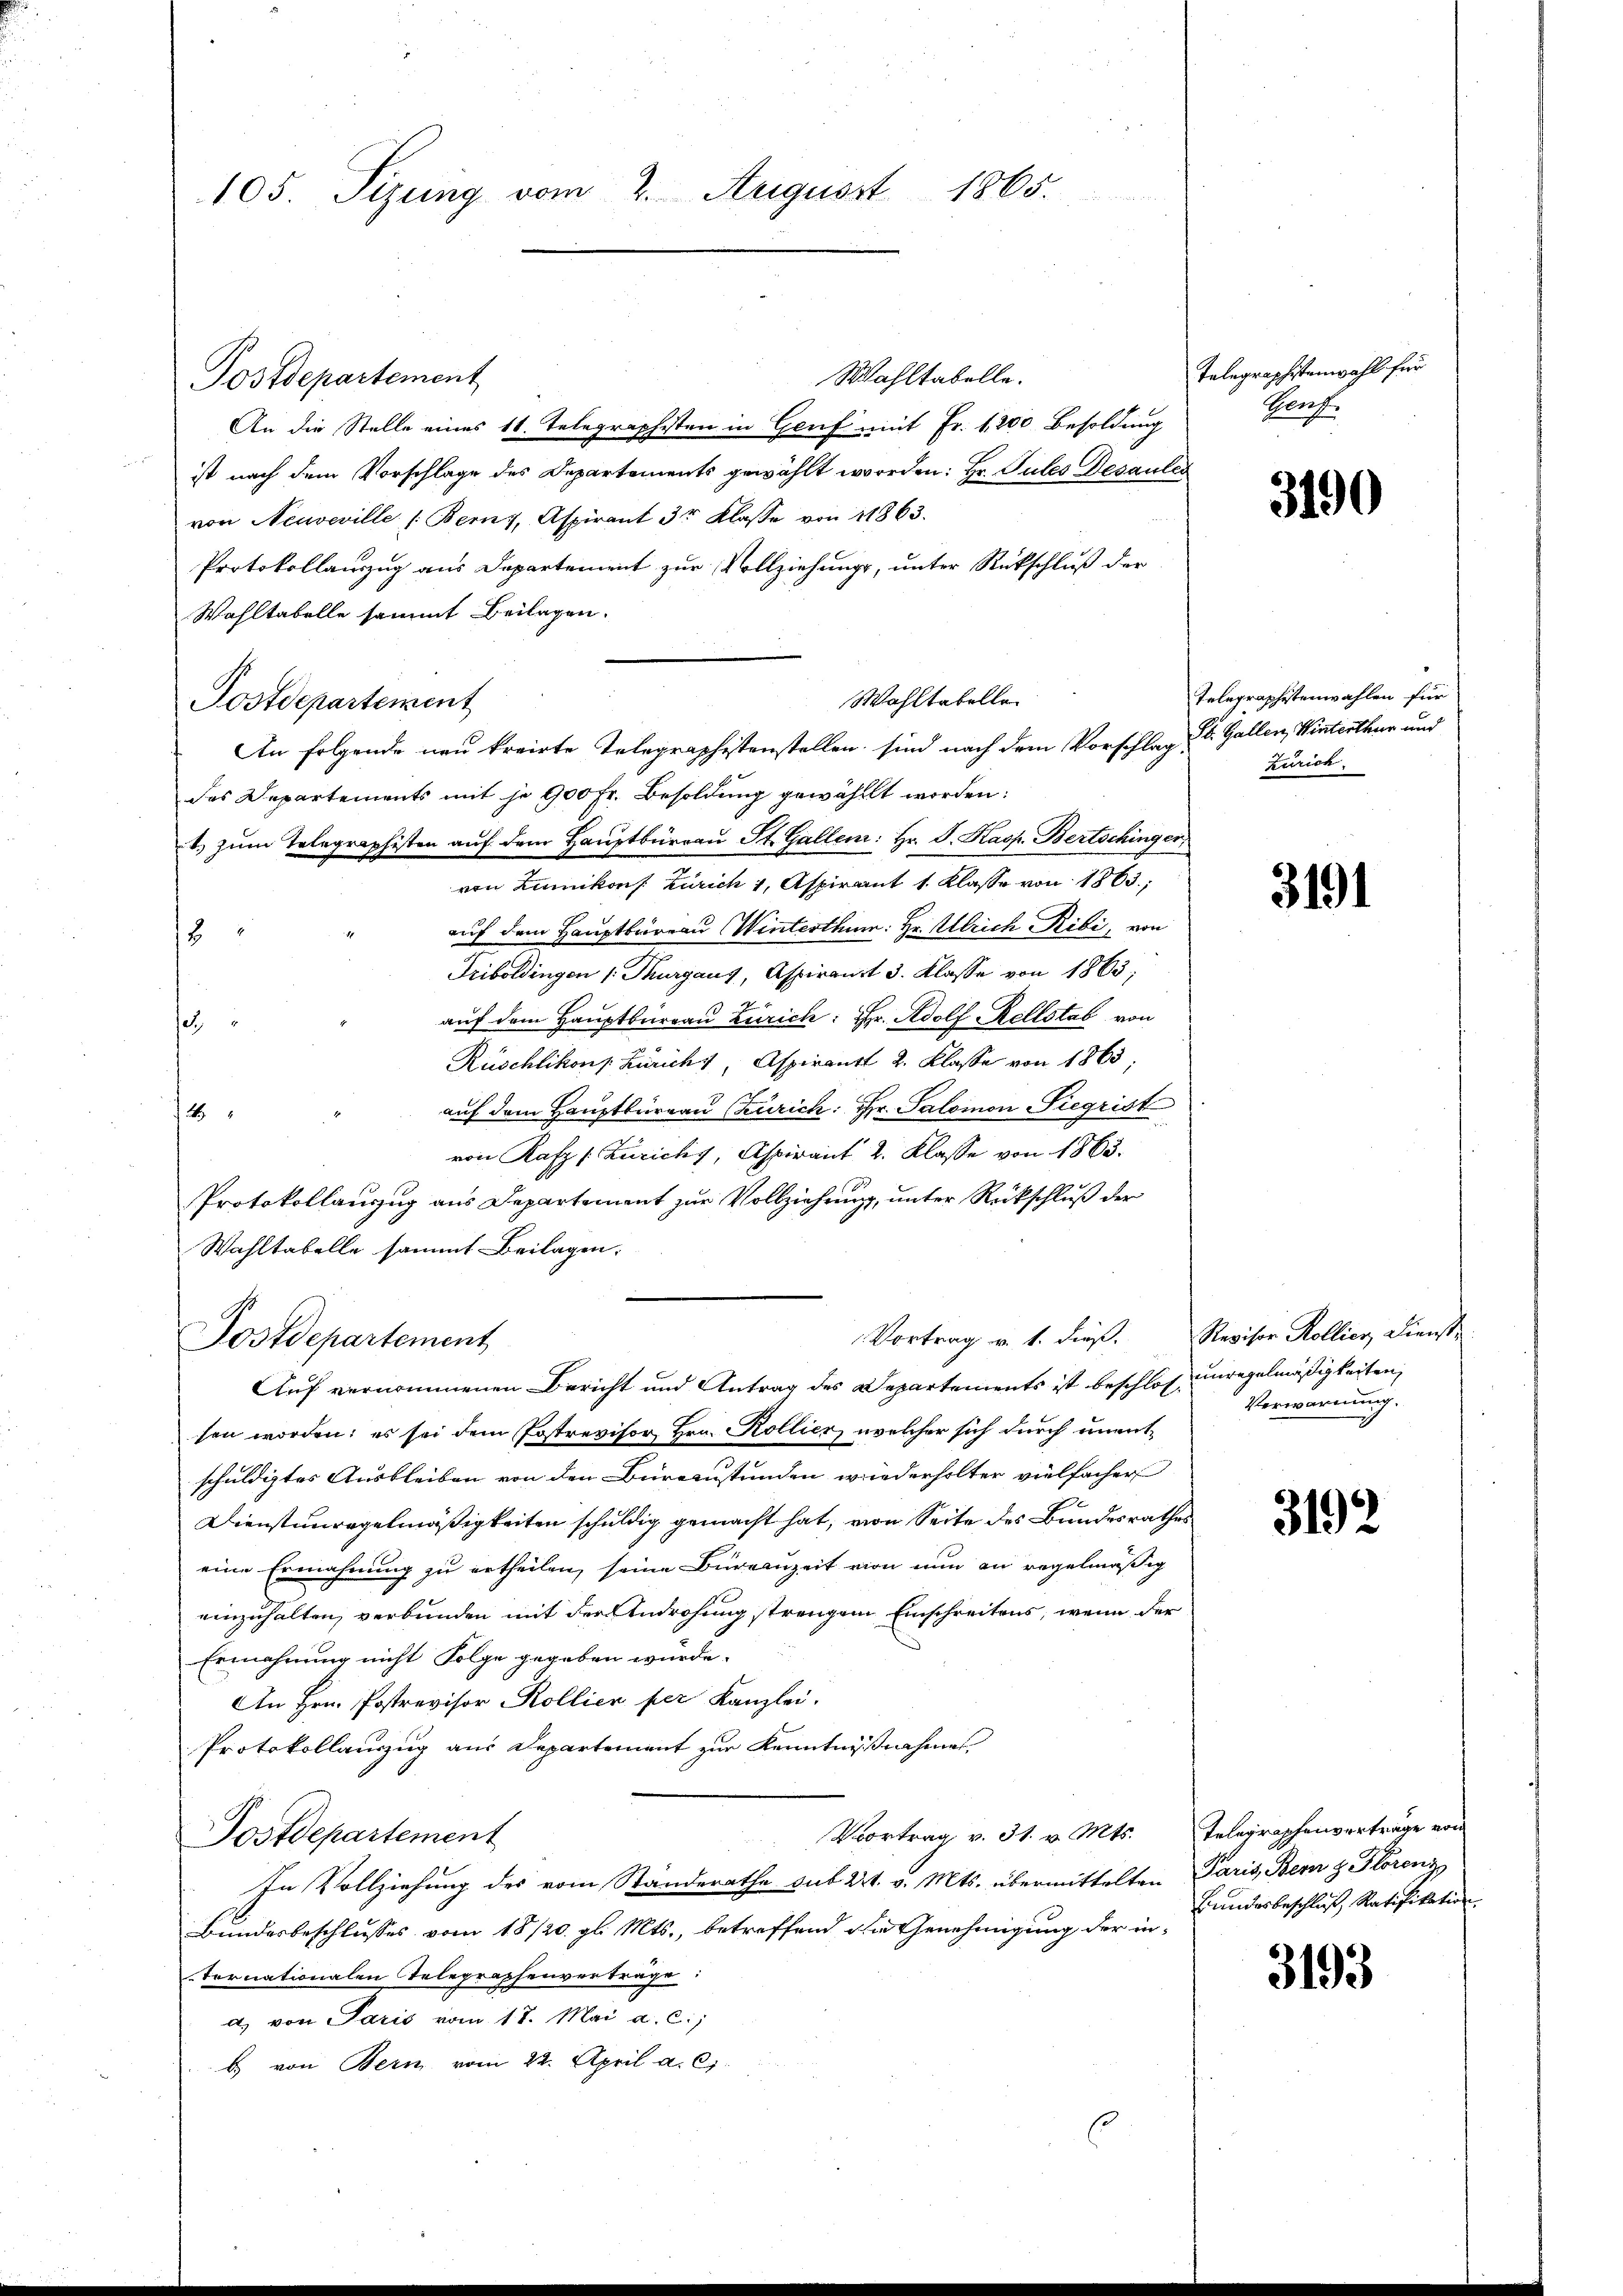
105. Sizung vom 2. August 1865.

Wahltabelle.
An die Stelle eines 11. Telegraphsten in Genf mit Fr. 1200 Besoldung
ist nach dem Vorschlage des Departements gewählt worden: Hr. Gutes Desaules
von Neuveville (Bern, Aspirant 3r Klasse von 11863.
Protokollanzug aus Departement zur Vollziehung, unter Rückschluß der
Wahltabelle sammt Beilagen.
Postdepartement
des Departements mit je 900 Fr. Besoldung gewähllt worden:
b. zum Telegraphisten auf dem Hauptbüreau St. Gallen: Hr. P. Kasp. Bertschinger,
von Zumikons Zürich 1, Aspirant 1. Klasse von 1863;
auf dem Hauptburgau (Winterthum: Hr. Ulrich Ribi, von
8
Friboldingen (Thurgaus, Aspirant 3. Klasse von 1863;
auf dem Hauptbureau Zürich: Hr. Adolf Rellstab von
1
Rüschlikons Züricht, Aspirant 2. Klasse von 1863;
auf dem Hauptbureau (Zürich: Hr. Salomon Siegrist
2
von Rafz [Zürichy, Aspirant 2. Klasse von 1863.
Protokollauszug aus Departement zur Vollziehung, unter Rückschluß der
Wahltabelle sammt Beilagen.
A
Vortrag v. 1. dieß. Revisor Kollier, Dienst-
Fostdepartement
Auf vernommenen Bericht und Antrag des Departements ist beschlos unregelmäßigkeiten,
sen worden; es sei dem Postrevisor Hrn. Kollier, welcher sich durch unentschuldigtes Ausbleiben von den Bürezustunden wiederholter vielfacher
Dienstunregelmäßigkeiten schuldig gemacht hat, von Seite des Bundesrathes
eine Ermahnung zu ertheilen, seine Büreauzeit von nun an regelmäßig
einzuhalten, verbunden mit der Androhung strengen Einschreitens, wenn der
Ermahnung nicht Folge gegeben würde.
An Hrn. Postrevisor Kollier per Kanzlei.
Protokollauszug aus Departement zur Kenntnisnahmen,
Vortrag v. 31. v. Mts. Telegraphenverträge von
Postdepartement
In Vollziehung des vom Ständerathe sub 27. v. Mts. übermittelten Paris, Bern z. Florenz
Bundesbeschlusses vom 18/20. gl. Mts., betreffend die Genehmigung der in-
Ternationalen Telegraphenverträge:
d. von Paris vom 17. Mai a. c.,
b. von Bern vom 22. April a. c.

Postdepartement

Wahltabelle
An folgende neu kreiste Telegraphistenstellen sind nach dem Vorschlag d. Gallen, Winterthur und

Telegraphistenwahl für
Seuff

3190

Telegraphistenwahlen für
Zürich.

3191

Verwarnung.

3192

Bundesbeschluß, Ratifikation

3193